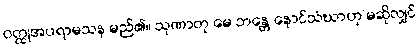
ဝတ္ထုအပရာမသန မည်၏။ သုဏာတု မေ ဘန္တေ နောင်သံဃာဟု မဆိုလျှင်